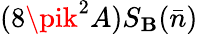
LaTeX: (8\pik^{2}A)S_{\mathbf{B}}(\bar{{n}})